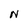
Character: N